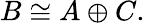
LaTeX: B\cong A\oplus C.